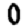
Digit: 0